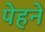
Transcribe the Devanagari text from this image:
पेहने